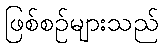
ဖြစ်စဉ်များသည်